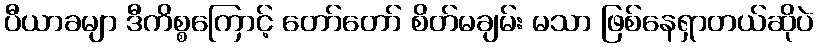
ပီယာခမျာ ဒီကိစ္စကြောင့် တော်တော် စိတ်မချမ်း မသာ ဖြစ်နေရှာတယ်ဆိုပဲ